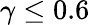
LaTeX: \gamma\leq 0.6